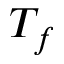
T _ { f }